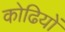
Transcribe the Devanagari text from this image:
कोढियों